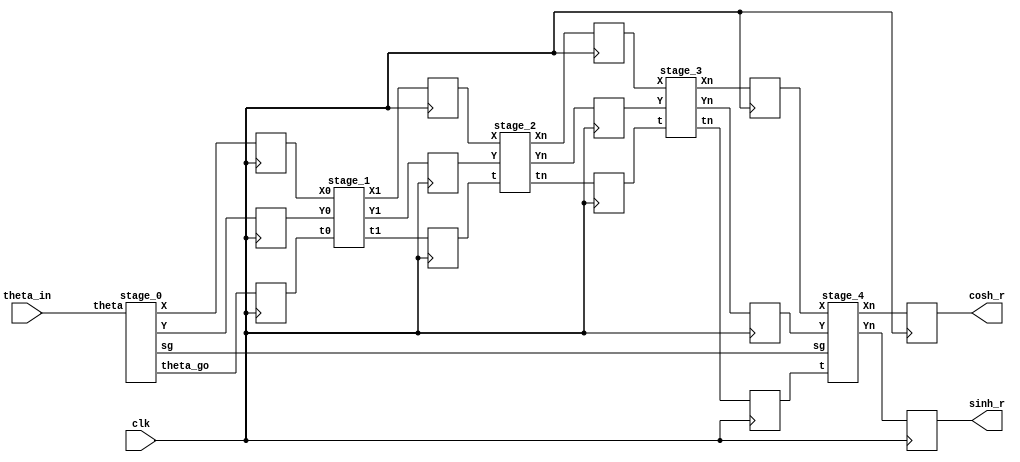

`timescale 1ns / 1ps
//////////////////////////////////////////////////////////////////////////////////
// Company:
// Engineer:
//
// Design Name:
// Module Name: flow
// Project Name:
// Target Devices:
// Tool Versions:
// Description:
//
// Dependencies:
//
// Revision:
// Revision 0.01 - File Created
// Additional Comments:
//
//////////////////////////////////////////////////////////////////////////////////


module flow(
    input clk,
    input [15:0] theta_in,
    output reg [15:0] cosh_r,
    output reg [15:0] sinh_r
    );


   
    wire [15:0] X0,Y0;
   
    wire [15:0] X1, Y1, X2, Y2, X3, Y3;
    wire [15:0] theta0, theta1, theta2, theta3;
//    wire [15:0] theta1, theta2, theta3;
    wire [15:0] cosh, sinh;
    
    reg [15:0] X0_r, Y0_r;
    reg [15:0] X1_r, Y1_r, X2_r, Y2_r, X3_r, Y3_r;
    reg [15:0] theta0_r, theta1_r, theta2_r, theta3_r;
      
      //wire [15:0]t_abs;
      //wire s_bit;
      
      //abs1 inst(theta0,t_abs, s_bit);
      wire sg;
      
      (*DONT_TOUCH = "YES"*)stage_0 s0(theta_in, theta0, sg, X0, Y0);
      
      (*DONT_TOUCH = "YES"*)stage_1 s1(X0_r, Y0_r, theta0_r, X1, Y1, theta1);
      
      (*DONT_TOUCH = "YES"*)stage_2 s2(X1_r, Y1_r, theta1_r, X2, Y2, theta2);

     (*DONT_TOUCH = "YES"*) stage_3 s3(X2_r, Y2_r, theta2_r, X3, Y3, theta3);
      
      (*DONT_TOUCH = "YES"*)stage_4 s4(X3_r, Y3_r, theta3_r, sg ,cosh, sinh);

      
      always@(posedge clk)
      begin
      
        
//         Y0 <= 16'b0;
//         X0 <= 16'b0100000000000000;
        
         theta0_r <= theta0;
         theta1_r <= theta1;
         theta2_r <= theta2;
         theta3_r <= theta3;
        
        // X0 <= a[15:0];
         X0_r <= X0;
         X1_r <= X1;
         X2_r <= X2;
         X3_r <= X3;
            
      // Y0 <= a[31:16];
       Y0_r <= Y0;      
       Y1_r <= Y1;
       Y2_r <= Y2;
       Y3_r <= Y3;
       
       cosh_r <= cosh;
       sinh_r <= sinh;
      
      end
      
      
   
endmodule





//stage 1

module stage_1(
      input [15:0] X0, Y0, t0,
      output reg [15:0] X1, Y1, t1);

      wire [15:0] t_abs;
      wire s_bit;
      
      wire [15:0] xs, xc, ys, yc;
      
      
      (*DONT_TOUCH = "YES"*) abs1 inst1 (t0, t_abs, s_bit);
      (*DONT_TOUCH = "YES"*) shift_1 inst2  (X0,Y0,xc,ys);
      (*DONT_TOUCH = "YES"*) shift_1 inst3 (Y0,X0,yc,xs);
      
      
      //wire [15:0] xs_c,ys_c;
      //two_c inst_c1(xs,ys,xs_c,ys_c);
      
      
      
      always@(*)begin
            if(t_abs <=16'b0001000000000000)
            begin
                  X1 = X0;
                  Y1 = Y0;
                  t1 = t0;    
            end
            else
            begin
                 X1 = (s_bit) ? xc-ys : xc+ys ;
                 //X1 = xc+ys;
                 Y1 = (s_bit) ? yc-xs : yc+xs ;
                 t1 = (s_bit) ? t0 +16'b0010000000000000 : t0 - 16'b0010000000000000 ;
            end
            
            
            
      end

endmodule



// stage 2

module stage_2(
      input [15:0]X,Y,t,
      output reg [15:0] Xn, Yn, tn);
      
      wire [15:0] t_abs;
      wire s_bit;
      
      (*DONT_TOUCH = "YES"*) abs1 inst4(t,t_abs,s_bit);
      
      wire [15:0] xc,ys, yc, xs;
      
      (*DONT_TOUCH = "YES"*) shift_2 inst5(X,Y,t_abs,xc,ys);
      (*DONT_TOUCH = "YES"*) shift_2 inst6(Y,X,t_abs,yc,xs);
      
      
      //wire [15:0] xs_c,ys_c;
      //two_c inst_c2(xs,ys,xs_c,ys_c);
      
      
      always@(*)begin
            if(t_abs <= 16'b0000010000000000)
            begin
                  Xn = X;
                  Yn = Y;
                  tn = t;
                  
            end
            else
            begin
            
                  Xn = (s_bit)? (xc-ys) : (xc+ys) ;
                  //Xn = xc + ys;
                  Yn = (s_bit)? (yc-xs) : (yc+xs) ;
                  
                  if (t_abs > 16'b0000110000000000)
                  begin
                        tn = (s_bit) ? (t+16'b0001000000000000) : (t-16'b0001000000000000) ;
                  end
                  else
                  begin
                        tn = (s_bit) ? (t+16'b0000100000000000) : (t-16'b0000100000000000) ;
                  end
                  
            end
      end
      
      
endmodule

// stage 3

module stage_3(
      input [15:0]X,Y,t,
      output reg [15:0] Xn, Yn, tn);
      
      wire [15:0] t_abs;
      wire s_bit;
      
      (*DONT_TOUCH = "YES"*) abs1 inst7(t,t_abs,s_bit);
      
      wire [15:0] xc,ys, yc, xs;
      
      (*DONT_TOUCH = "YES"*) shift_3 inst8(X,Y,t_abs,xc,ys);
      (*DONT_TOUCH = "YES"*) shift_3 inst9(Y,X,t_abs,yc,xs);
      
      //wire [15:0] xs_c,ys_c;
      //two_c inst_c3(xs,ys,xs_c,ys_c);
      
      
      always@(*)begin
            if(t_abs <= 16'b0000000100000000)
            begin
                  Xn = X;
                  Yn = Y;
                  tn = t;
                  
            end
            else
            begin
            
                  Xn = (s_bit)? (xc-ys) : (xc+ys) ;
                  //Xn = xc+ys;
                  Yn = (s_bit)? (yc-xs) : (yc+xs) ;
                  
                  if (t_abs > 16'b0000001100000000)
                  begin
                        tn = (s_bit) ? (t+16'b0000010000000000) : (t-16'b0000010000000000) ;
                  end
                  else
                  begin
                        tn = (s_bit) ? (t+16'b0000001000000000) : (t-16'b0000001000000000) ;
                  end
                  
            end
      end
      
      
endmodule


//// stage 4

// stage 4




module stage_4(
      input [15:0] X,Y,t,
      input sg,
      output [15:0] Xn, Yn);
      
      wire [15:0] t_abs;
      wire s_bit;
      
      //wire [3:0] kc;
      
      (*DONT_TOUCH = "YES"*)abs1 inst10(t,t_abs,s_bit);
      
      //assign kc = 4'b0001;  
      //assign ks = 4'b0001;
      
      wire [15:0] X_sh, Y_sh;
      
      assign X_sh = (X>>7);
      assign Y_sh = (Y>>>7);
      
      wire [15:0] Yn_t;
      
      assign Xn = (s_bit) ? (X + (X>>13) -Y_sh) : (X + (X>>13) +Y_sh) ;
      assign Yn_t = (s_bit) ? (Y + (Y>>>13) -X_sh) : (Y + (Y>>>13) +X_sh) ; //Yn_t
      
      //to determine residual error
//    wire [15:0] r_an;
//    assign r_an = (s_bit)? (t + 16'b0000000010000000) : (t - 16'b0000000010000000);

      assign Yn = (sg) ? ((~Yn_t) + 1'b1) : Yn_t ;
      
      
endmodule


// shift 1

module shift_1 (
      input [15:0] x,y,
      output [15:0] xs, ys);
      
    

      assign ys = (y>>>1) + (y>>>6) + (y>>>8) + (y>>>10) + (y>>>11);
      
      

   
      assign xs = (x) + (x>>3) + (x>>9) + (x>>11) + (x>>13) + (x>>15);
      
endmodule

// shift 2

module shift_2(
      input [15:0] x,y,
      input [15:0] t_abs,
      output [15:0] sx,sy);
      
      
    
      wire [15:0] sx_1, sx_2;
      
      assign sx_1 = (x) + (x>>5) + (x>>13) + (x>>15);
      assign sx_2 = (x) + (x>>7);
      
      assign sx = (t_abs  > 16'b0000110000000000) ? sx_1 : sx_2;
      
      
      wire [15:0] sy_1, sy_2;
      
      assign sy_1 = (y>>>2) + (y>>>9) + (y>>>11) + (y>>>13) + (y>>>15);
      assign sy_2 = (y>>>3) + (y>>>12) + (y>>>14);
      
      assign sy = (t_abs  > 16'b0000110000000000) ? sy_1 : sy_2;
      
endmodule

// shift 3

module shift_3(
      input[15:0]x,y,
      input [15:0] t_abs,
      output [15:0] sx,sy);

            
    
      wire [15:0] sx_1, sx_2;
      
      assign sx_1 = (x) + (x>>9);
      assign sx_2 = (x) + (x>>11);
      
      assign sx = (t_abs  > 16'b0000001100000000) ? sx_1 : sx_2;
      
      //sinh
      
      //assign sy = (t_abs > 16'b0000001100000000)?(y>>4):(y>>5);
      
      wire [15:0] sy_1, sy_2;
      
      assign sy_1 = (y>>>4) + (y>>>15);
      assign sy_2 = (y>>>5);
      
      assign sy = (t_abs  > 16'b0000001100000000) ? sy_1 : sy_2;
      
endmodule

// absolute value

module abs1(
      input [15:0] theta,
      output [15:0] a_theta,
      output sign);
      

      
      wire [15:0] sign_16;
      wire [15:0] sign_1;
      assign sign = theta[15];

    //wire [14:0] sign_15;    
      //assign sign_15 = {15{theta[15]}};
      
      
      assign sign_16 = {16{theta[15]}};
      assign sign_1 = {15'b0 , theta[15]};
      
      assign a_theta = (theta^sign_16) + sign_1;
      
      
      
      //assign a_theta = {1'b0, (theta[14:0]^sign_15)} + sign_1 ;
      
endmodule


module stage_0 ( input [15:0] theta,
                output[15:0] theta_go,
                output sg,
                output [15:0] X,Y
);

    (*DONT_TOUCH = "YES"*) abs1 z1(theta, theta_go,sg);
    
  
    assign X = 16'b0100000000000000;
    assign Y = 16'b0000000000000000;
    
endmodule